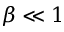
\beta \ll 1